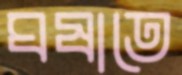
ঘষাতে